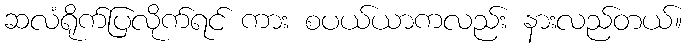
ဆလံရိုက်ပြလိုက်ရင် ကား စပယ်ယာကလည်း နားလည်တယ်။